65_HS1-834228961_62-HQ-83894_Section_10
Agency: FBI
Page 117
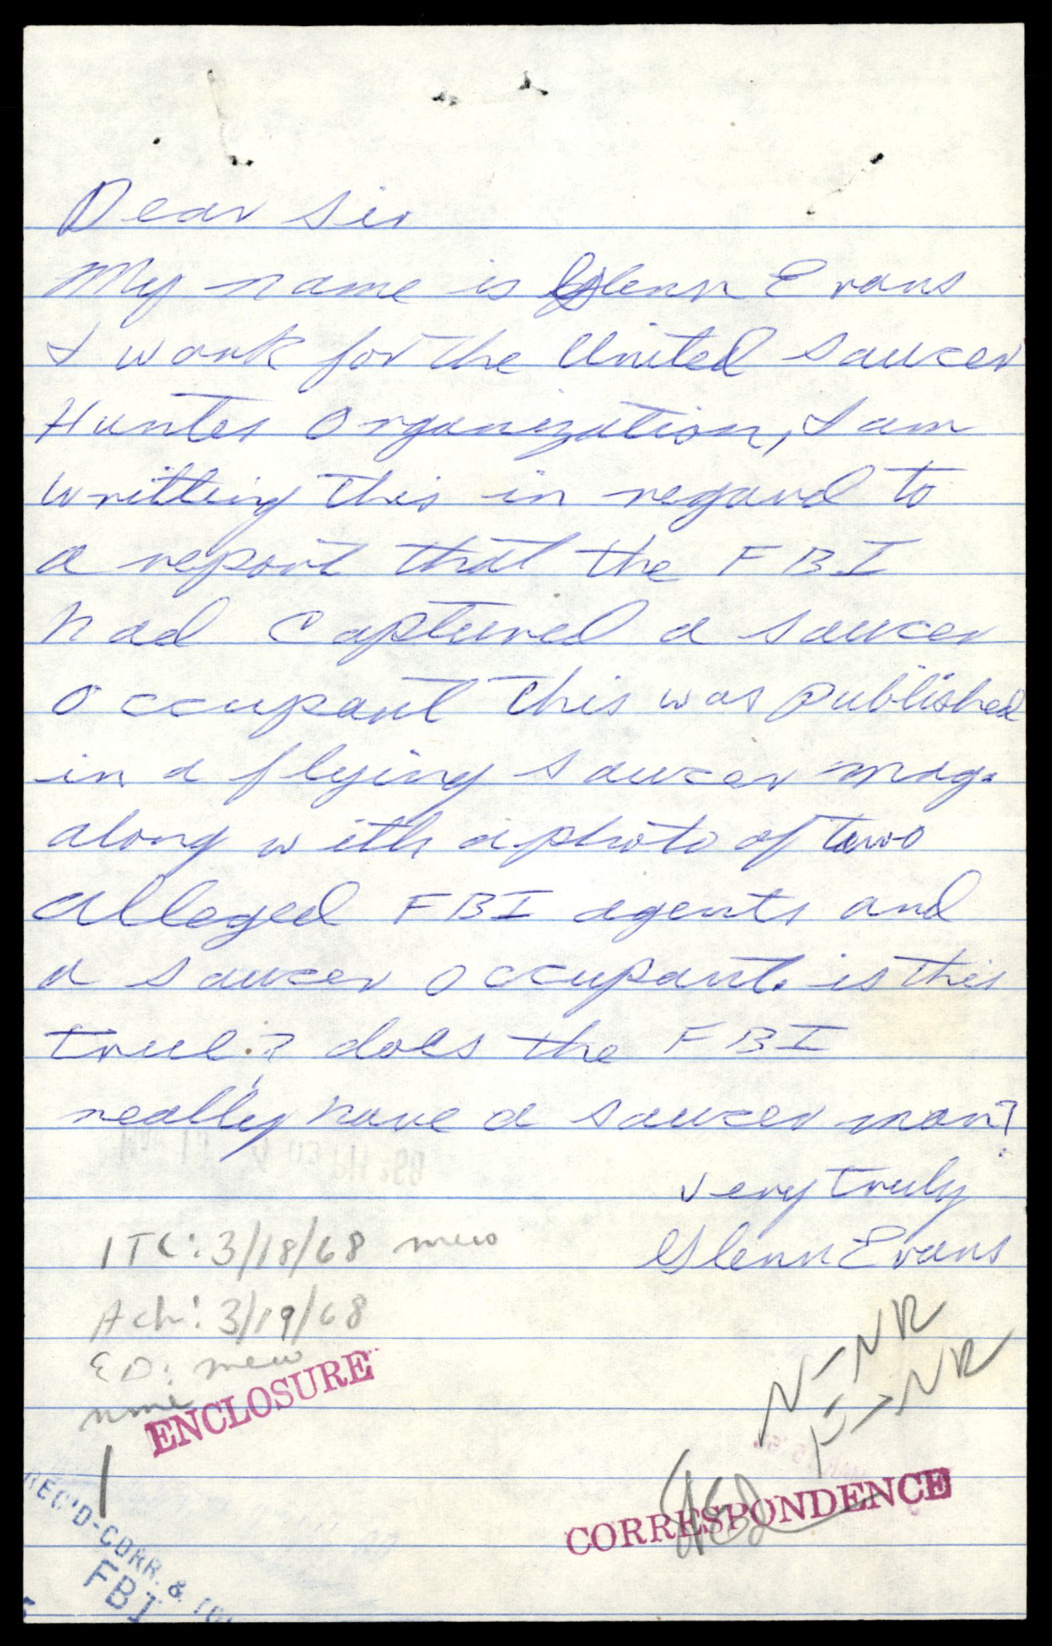